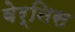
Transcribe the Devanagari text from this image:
बेर्निस